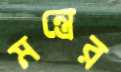
মন্ত্রের